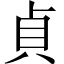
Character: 貞